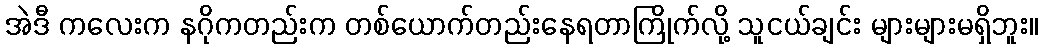
အဲဒီ ကလေးက နဂိုကတည်းက တစ်ယောက်တည်းနေရတာကြိုက်လို့ သူငယ်ချင်း များများမရှိဘူး။